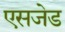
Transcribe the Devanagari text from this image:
एसजेड